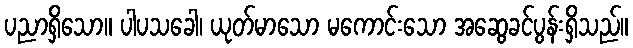
ပညာရှိသော။ ပါပသခေါ၊ ယုတ်မာသော မကောင်းသော အဆွေခင်ပွန်းရှိသည်။